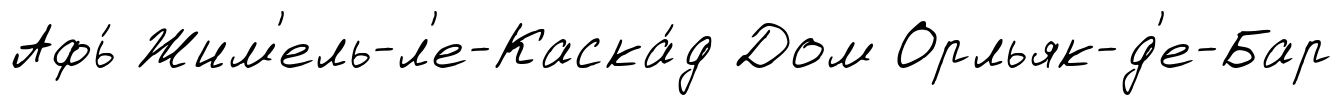
Афь́ Жим'ель-л'е-Каска́д Дом Орльяк-д'е-Бар